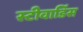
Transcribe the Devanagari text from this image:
स्‍टीवार्डिस